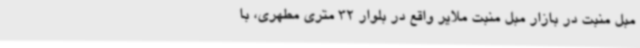
مبل منبت در بازار مبل منبت ملایر واقع در بلوار 32 متری مطهری، با